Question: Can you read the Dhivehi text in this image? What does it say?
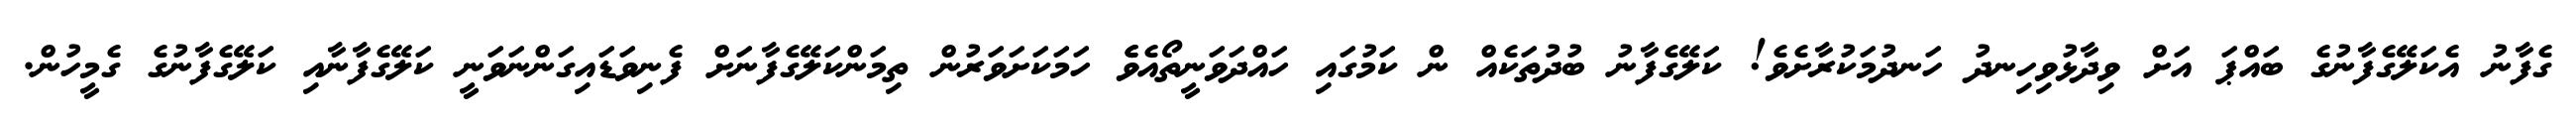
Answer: ގެފާނު އެކަލޭގެފާނުގެ ބައްޕަ އަށް ވިދާޅުވިހިނދު ހަނދުމަކުރާށެވެ! ކަލޭގެފާނު ބުދުތަކެއް ން ކަމުގައި ހައްދަވަނީތޯއެވެެ ހަމަކަށަވަރުން ތިމަންކަލޭގެފާނަށް ފެނިވަޑައިގަންނަވަނީ ކަލޭގެފާނާއި ކަލޭގެފާނުގެ ގެމީހުން.